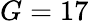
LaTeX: G=17